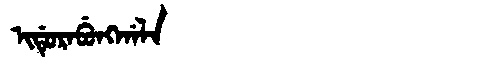
Manchu: ᡳᡩᡠᡵᠠᠪᡠᠩᡤᠠᠯᠠ
Romanization: IDURABUNGGALA